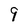
Character: 9